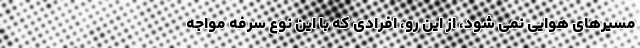
مسیرهای هوایی نمی شود، از این رو، افرادی که با این نوع سرفه مواجه